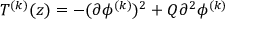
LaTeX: T ^ { ( k ) } ( z ) = - ( \partial \phi ^ { ( k ) } ) ^ { 2 } + Q \partial ^ { 2 } \phi ^ { ( k ) }